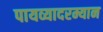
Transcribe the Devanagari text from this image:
पायव्यादरम्यान